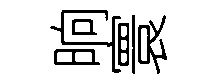
晌寰